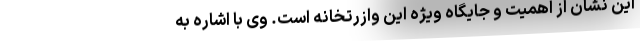
این نشان از اهمیت و جایگاه ویژه این وازرتخانه است. وی با اشاره به